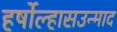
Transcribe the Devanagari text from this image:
हर्षोल्हासउन्माद